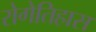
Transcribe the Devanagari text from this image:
रोगेतिहास